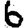
Digit: 6